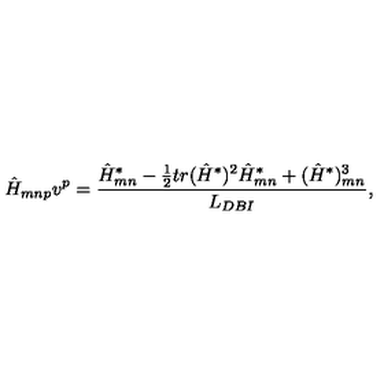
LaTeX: \hat { H } _ { m n p } v ^ { p } = { \frac { \hat { H } _ { m n } ^ { * } - { \frac { 1 } { 2 } } t r ( \hat { H } ^ { * } ) ^ { 2 } \hat { H } _ { m n } ^ { * } + ( \hat { H } ^ { * } ) _ { m n } ^ { 3 } } { L _ { D B I } } } ,